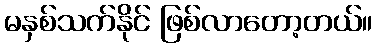
မနှစ်သက်နိုင် ဖြစ်လာတော့တယ်။